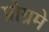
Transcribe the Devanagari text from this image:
प्रोग्रमे